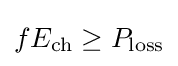
fE_{\rm {ch}}\geq P_{\rm {loss}}